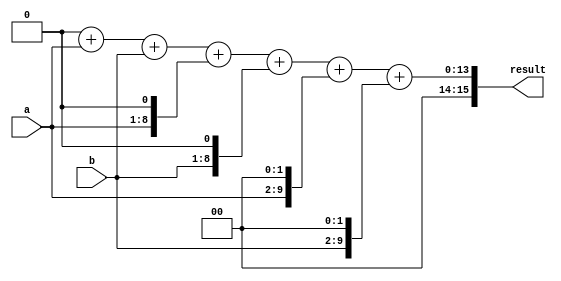
module shift_and_add_multiplier(
    input wire [7:0] a,
    input wire [7:0] b,
    output reg [15:0] result
);

reg [15:0] temp;

always @(*)
begin
    temp = 0;
    temp = temp + (a << 0) + (b << 0); // First stage
    
    temp = temp + (a << 1) + (b << 1); // Second stage
    
    temp = temp + (a << 2) + (b << 2); // Third stage
    
    // Add more stages as needed
    
    result = temp;
end

endmodule